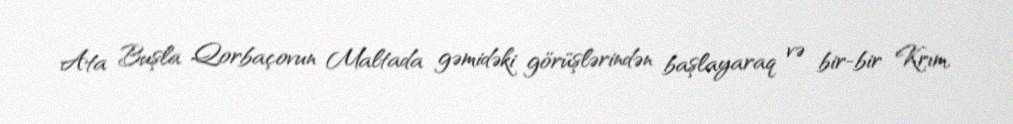
Ata Buşla Qorbaçovun Maltada gəmidəki görüşlərindən başlayaraq və bir-bir Krım,